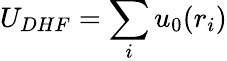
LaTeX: U_{DHF}=\sum_{i}u_{0}(r_{i})